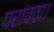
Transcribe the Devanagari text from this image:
परांवठा।